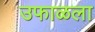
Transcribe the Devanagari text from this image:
उफाळला